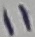
Text: 11